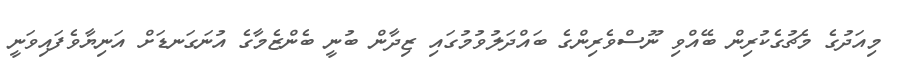
މިއަދުގެ މެޗުގެކުރިން ބޭއްވި ނޫސްވެރިންގެ ބައްދަލުވުމުގައި ޒިދާން ބުނީ ބެންޒެމާގެ އުނަގަނޑަށް އަނިޔާވެފައިވަނީ